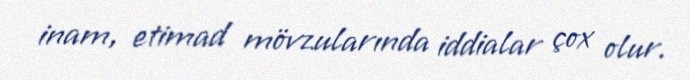
inam, etimad mövzularında iddialar çox olur.